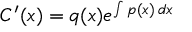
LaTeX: C ^ { \prime } ( x ) = q ( x ) e ^ { \int p ( x ) \, d x }